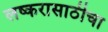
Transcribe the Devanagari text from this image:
लष्करासाठीचा